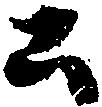
公